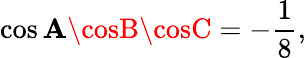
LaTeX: \cos\mathbf{A}\cosB\cosC=-{\frac{{1}}{{8}}},